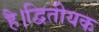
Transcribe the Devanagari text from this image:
है।द्वितीयक